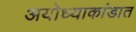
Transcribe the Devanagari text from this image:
अयोध्याकांडात